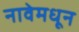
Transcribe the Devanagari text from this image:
नावेमधून